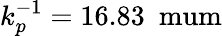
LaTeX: k_{p}^{-1}=16.83\mathrm{~\ mum}